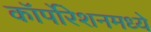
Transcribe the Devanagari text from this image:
कॉर्पोरेशनमध्ये